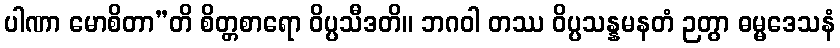
ပါဏာ မောစိတာ”တိ စိတ္တစာရော ဝိပ္ပသီဒတိ။ ဘဂဝါ တဿ ဝိပ္ပသန္နမနတံ ဉတွာ ဓမ္မဒေသနံ